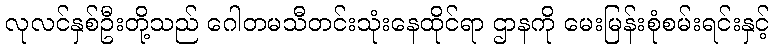
လုလင်နှစ်ဦးတို့သည် ဂေါတမသီတင်းသုံးနေထိုင်ရာ ဌာနကို မေးမြန်းစုံစမ်းရင်းနှင့်